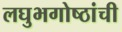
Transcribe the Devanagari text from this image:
लघुभगोष्ठांची